Vaccination in Burma 1900-1911 - 1900-1911
Year: 1900
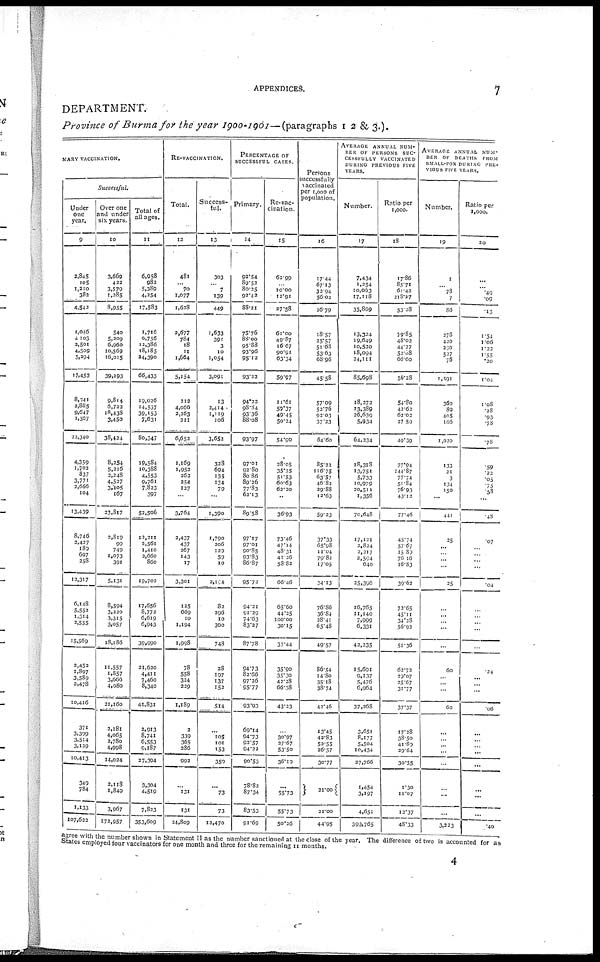
APPENDICES.
7
DEPARTMENT.
Province of Burma for the year 1900-1901—(paragraphs 12 & 3.).
MARY VACCINATION.
Successful.
Under
one
year.
9
2,845
105
1,210
382
4,543
1,046
4,103
2,501
4,509
5,294
17,453
8,741
2,885
9,647
1,567
22,340
4,359
1,702
837
3,771
2,666
104
13,439
8,746
2,427
189
697
258
12,317
6,148
5,552
1,314
2,555
15,569
2,452
1,897
3,589
2,478
10,416
371
... 3,514
3,129
10,413
349
...
1,133
107,622
Over one
and under
six years.
10
3,669
422
3,579
1,285
8,955
540
5,209
6,960
10,569
16,015
39,293
9,814
6,722
18,438
3,450
38,424
8,254
5,216
2,248
4,527
3,405
167
23,817
2,819
99
749
1,073
391
5,131
8,594
3,220
3,315
3,057
18,186
11,557
1,857
3,666
4,080
21,160
2,181
4,065
2,780
4,998
14,024
2,118
1,849
3,967
172,957
Total of
all ages.
11
6,958
982
5,389
4,254
17,583
1,716
9,756
12,386
18,185
24,390
66,433
19,026
14,537
39,153
7,631
80,347
19,584
10,388
4,553
9,761
7,823
397
52,506
12,211
2,561
1,410
2,660
860
19,702
17,656
8,772
6,619
6,943
39,990
21,620
4,411
7,460
8,340
41,831
2,913
8,741
6,553
9,187
27,394
3,304
4,519
7,823
353,609
RE-VACCINATION.
Total.
12
481
... 70
1,077
1,628
2,677
784
18
11
1,664
5,154
112
4,066
2,263
211
6,652
1,169
1,952
262
254
127
...
3,764
2,437
437
267
143
17
3,301
125
669
10
1,194
1,998
78
558
324
229
1,189
2
339
365
286
992
...
131
131
24,809
Success-
ful.
13
303
... 7
139
449
1,633
391
3
10
1,054
3,091
13
2,414
1,119
106
3,652
328
694
135
134
79
...
1,390
1,790
206
129
59
10
2,124
82
296
10
360
748
28
197
137
152
514
...
105
101
153
359
...
73
73
12,470
PERCENTAGE OF
SUCCESSFUL CASES.
Primary.
14
92.54
89.52
80.25
92.42
88.21
75.76
88.00
95.88
93.96
95.12
93.22
94.22
98.84
93.36
88.08
93.97
97.01
92.80
80.86
89.26
77.83
62.13
89.58
97.17
97.01
90.85
93.83
86.87
95.72
94.21
91.29
74.63
83.27
87.78
94.73
82.66
97.26
95.77
93.93
69.14
94.73
92.57
94.22
90.53
78.82
87.34
83.53
91.69
Re-vac-
cination.
15
62.99
10.00
12.91
27.58
61.00
49.87
16.67
90.91
63.34
59.97
11.61
59.37
49.45
50.24
54.90
28.05
35.55
51.53
60.63
62.20
...
36.93
73.46
47.14
48.31
41.26
58.82
66.46
65.60
44.25
100.00
30.15
37.44
35.90
35.30
42.28
66.38
43.23
...
30.97
27.67
53.50
36.19
...
55.73
55,73
50.26
Persons
successfully
vaccinated
per 1,000 of
population.
16
17.44
67.13
32.94
56.02
26.79
18.57
25.57
51.68
53.63
68.96
45.58
57.09
52.76
92.03
37.23
64.60
85.22
116.75
63.57
46.82
29.88
12.63
59.23
37.33
65.98
11.04
79.82
17.05
34.13
76.86
36.84
28.41
65.48
49.57
86.54
14.80
35.18
38.74
42.46
13.45
42.83
52.55
26.57
30.77
21.00
21.00
44.95
AVERAGE ANNUAL NUM-
BER OF PERSONS SUC-
CESSFULLY VACCINATED
DURING PREVIOUS FIVE
YEARS.
Number.
17
7,434
1,254
10,063
17,118
35,869
13,324
19,649
10,520
18,094
24,111
85,698
18,272
13,389
26,639
5,934
64,234
18,318
13,751
5,733
10,979
20,511
1,356
70,648
17,121
2,824
2,217
2,594
640
25,396
16,765
11,140
7,999
6,331
42,235
15,691
9,137
5,476
6,964
37,263
3,651
8,177
5,504
10,434
27,766
1,454
3,197
4,651
393,765
Ratio per
1,000.
18
17.86
85.71
61.42
218.27
53.28
79.85
48.02
44.27
52.68
66.00
56.28
54.80
42.62
63.02
27.59
49.39
77.94
144.87
77.74
51.84
76.93
43.12
77.46
45.74
57.67
15.80
76.16
16.83
39.62
72.65
45.11
34.28
56.92
51.36
62.72
29.07
25.67
31.77
37.37
17.28
38.50
41.89
29.64
30.55
1.30
11.07
12.37
48.33
AVERAGE ANNUAL
NUM-
---
OF DEATHS FROM
SMALL-POX DURING PRE-
VIOUS FIVE YEARS.
Number.
19
1
...
78
7
86
278
420
300
527
76
1,591
360
89
405
166
1,020
133
21
3
134
150
...
441
25
...
...
...
...
25
...
...
...
...
...
60
... ...
...
60
...
...
...
...
...
...
...
...
3,223
Ratio per
1,000.
20
...
...
...
.09
.13
1.54
1.06
... 1.55
.20
1.04
1.08
.28
.93
.78
.78
.59
.22
...
...
.58
...
.48
...
...
...
...
...
.04
...
...
...
...
...
...
...
...
...
.06
...
...
... ...
...
...
...
...
.40
agree with the number shown in Statement 11 as the number sanctioned at the close of the year. The difference of two is accounted for as
States employed four vaccinators for one month and three for the remaining 11 months.
4